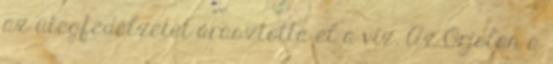
az ütegfedélzetet árasztotta el a víz. Az Orjolon a